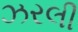
ઝરલી